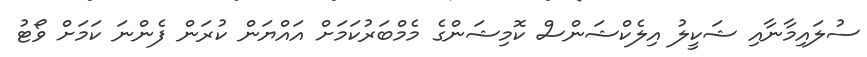
ސުލައިމާނާއި ޝަކީލު އިލެކްޝަންސް ކޮމިޝަންގެ މެމްބަރުކަމަށް އައްޔަން ކުރަން ފެންނަ ކަމަށް ވޯޓު